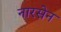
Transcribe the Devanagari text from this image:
नारसेन